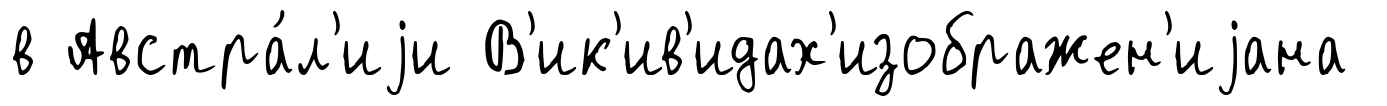
в Австра́л'иjи В'ик'ив'идах'изображен'иjана